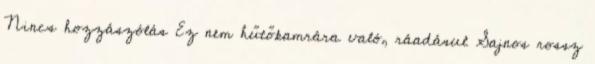
Nincs hozzászólás Ez nem hűtőkamrára való, ráadásul Sajnos rossz